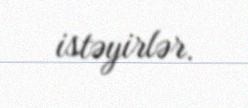
istəyirlər.